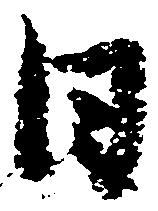
日